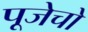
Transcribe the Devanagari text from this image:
पूजेचो